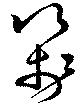
箋